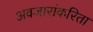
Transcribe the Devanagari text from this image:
अवजारांकरिता